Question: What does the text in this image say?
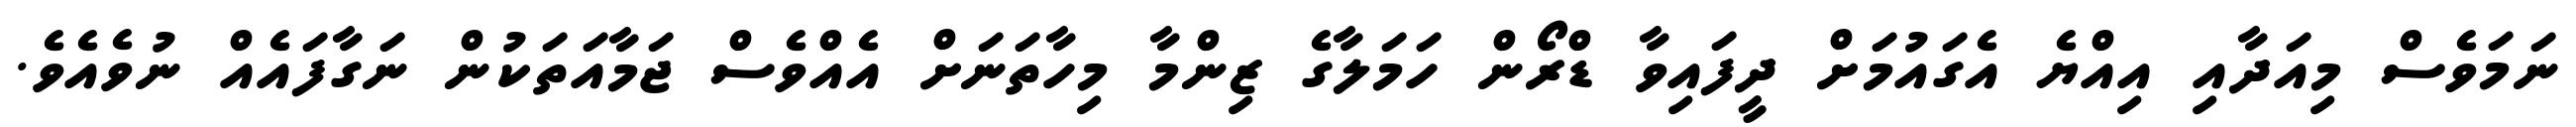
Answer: ނަމަވެސް މިއަދާއި އިއްޔެ އެގައުމަށް ދީފައިވާ ޑްރޯން ހަމަލާގެ ޒިންމާ މިހާތަނަށް އެއްވެސް ޖަމާއަތަކުން ނަގާފައެއް ނުވެއެވެ.